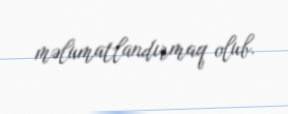
məlumatlandırmaq olub.